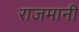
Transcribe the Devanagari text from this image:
राजमानी